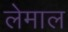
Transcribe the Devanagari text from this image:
लेमाल